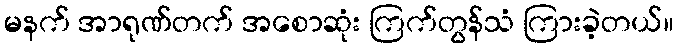
မနက် အာရုဏ်တက် အစောဆုံး ကြက်တွန်သံ ကြားခဲ့တယ်။